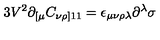
3 V ^ { 2 } \partial _ { [ \mu } C _ { \nu \rho ] 1 1 } = \epsilon _ { \mu \nu \rho \lambda } \partial ^ { \lambda } \sigma